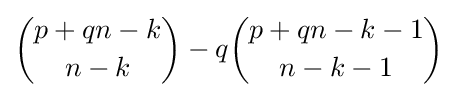
{\binom {p+qn-k}{n-k}}-q{\binom {p+qn-k-1}{n-k-1}}